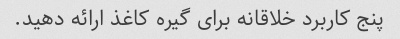
پنج کاربرد خلاقانه برای گیره کاغذ ارائه دهید.